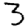
Digit: 3